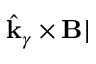
\hat { \mathbf { k } } _ { \gamma } \times \mathbf { B } |